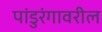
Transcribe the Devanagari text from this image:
पांडुरंगावरील